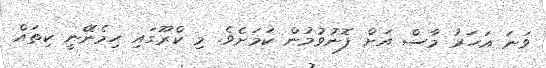
ވަނަ އަހަރު މާސް އަށް ފޮނުވުމުން ކަމަށެވެ. މި ކްރޫގައި ހިމެނޭނީ ކިތައް